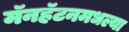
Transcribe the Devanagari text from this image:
मॅनहॅटनमधल्या